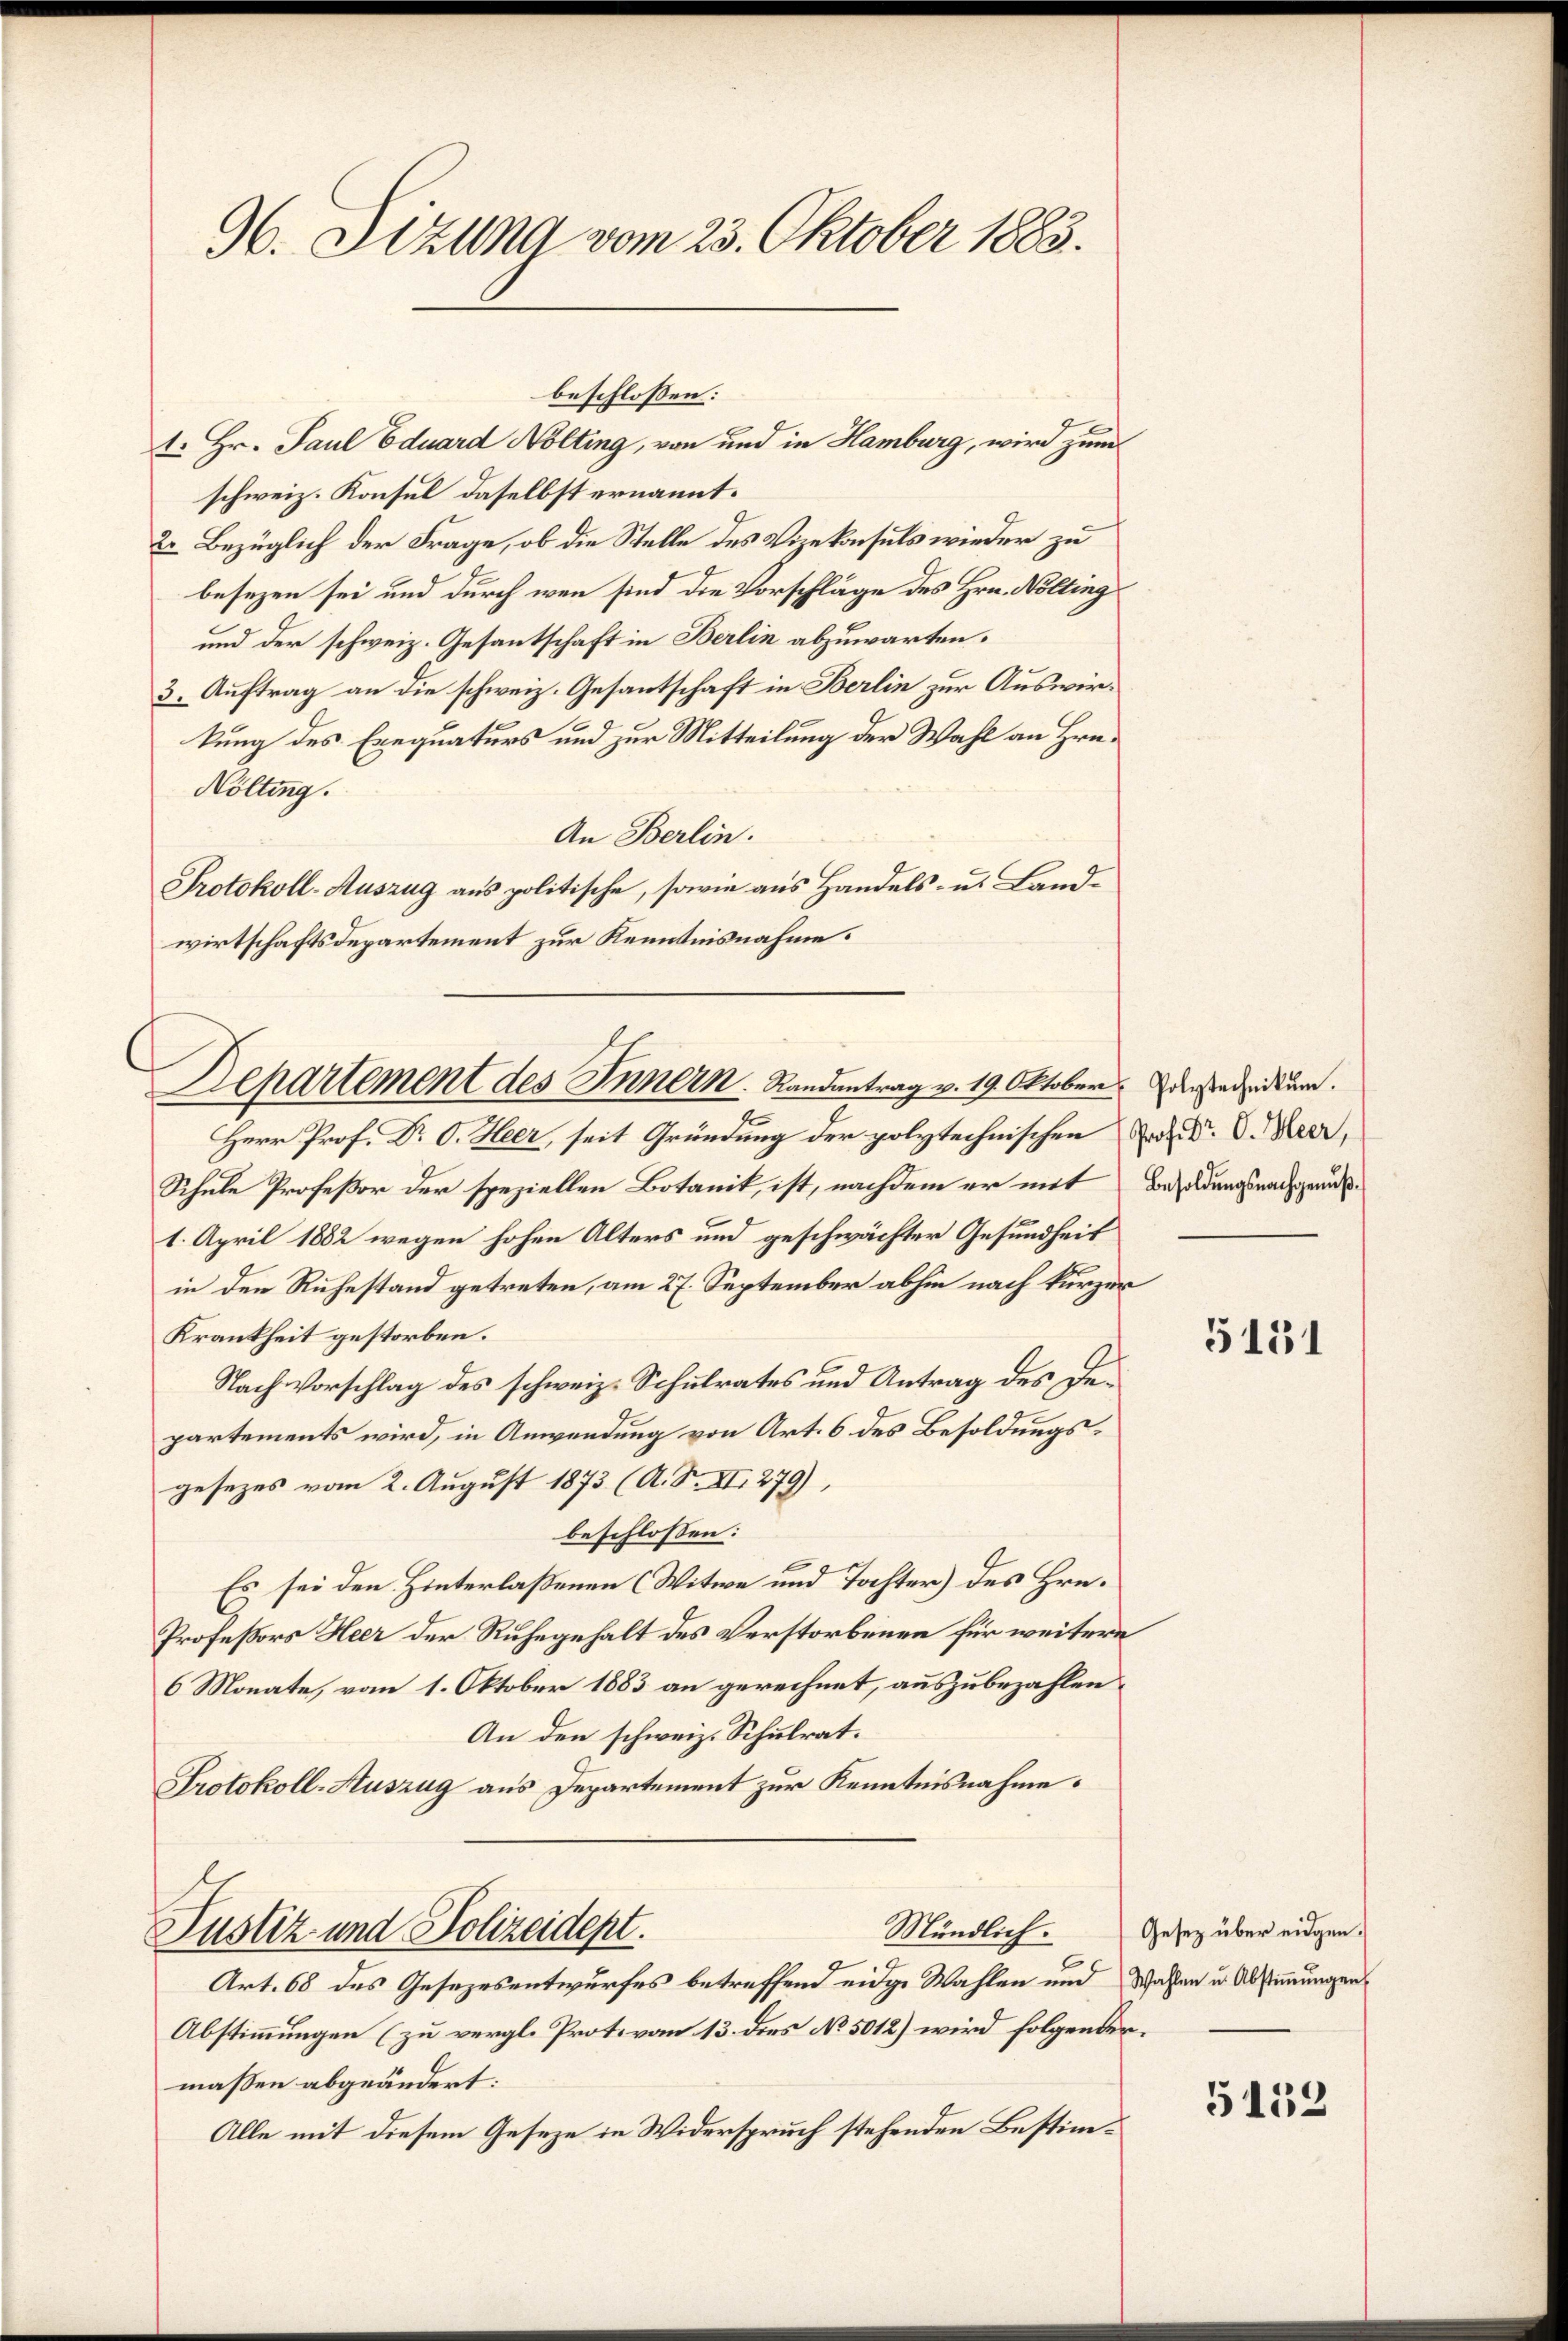
96. Sizung vom 23. Oktober 1883.

1. Hr. Paul Eduard Nolting, von und in Hamburg, wird zum
schweiz. Konsul daselbst ernannt.
2. Bezüglich der Frage, ob die Stelle des Vizekonsuls wieder zu
besezen sei und durch wenn sind die Vorschläge des Hrn. Nölting
und der schweiz. Gesantschaft in Berlin abzuwarten.
3. Auftrag an die schweiz. Gesantschaft in Berlin zur Auswirkung des Exequaturs und zur Mitteilung der Wahl an Hrn.
Nölting.
An Berlin.
Protokoll-Auszug aus politische, sowie aus Handels- u. Landwirtschaftsdepartement zur Kenntnisnahme.

beschlossen:

Departement des Innern. Randantrag v. 19. Oktober derstadium.

Herr Prof. Dr. O. Heer, seit Gründung der polytechnischen u. Dr. C. Meer,
Schule Profeßor der speziellen Botanik, ist, nachdem er mit Besoldungsnachge¬
1. April 1882 wegen hohen Alters und geschwächter Gesundheit
in den Ruhestand getreten, am 27. September abhin nach kurzer
Krankheit gestorben.
Nach Vorschlag des schweiz. Schulrates und Antrag des Departements wird, in Anwendung von Art. 6 des Besoldungsgesezes vom 2. August 1873 (A. S. XI. 279),
beschlossen:
Es sei den Hinterlaßenen (Witwe und Tochter) des Hrn.
Profeßors Heer der Ruhegehalt des Verstorbenen für weitere
6 Monate, vom 1. Oktober 1883 an gerechnet, auszubezahlen
An den schweiz. Schulrat.
Protokoll-Auszug aus Departement zur Kenntnisnahme.

Mündlich.
Justiz und Polizeidept.

Art. 68 des Gesezesentwurfes betreffend eidge Wahlen und Wahlen u. Abstimmungen
Abstimmungen (zu vergl. Protovon 13. dies No 5012) wird folgendermaßen abgeändert:
Alle mit diesem Geseze in Widerspruch stehenden Bestim¬

5131

Gesetz über eidgen.

5152